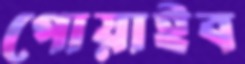
পোয়াইব